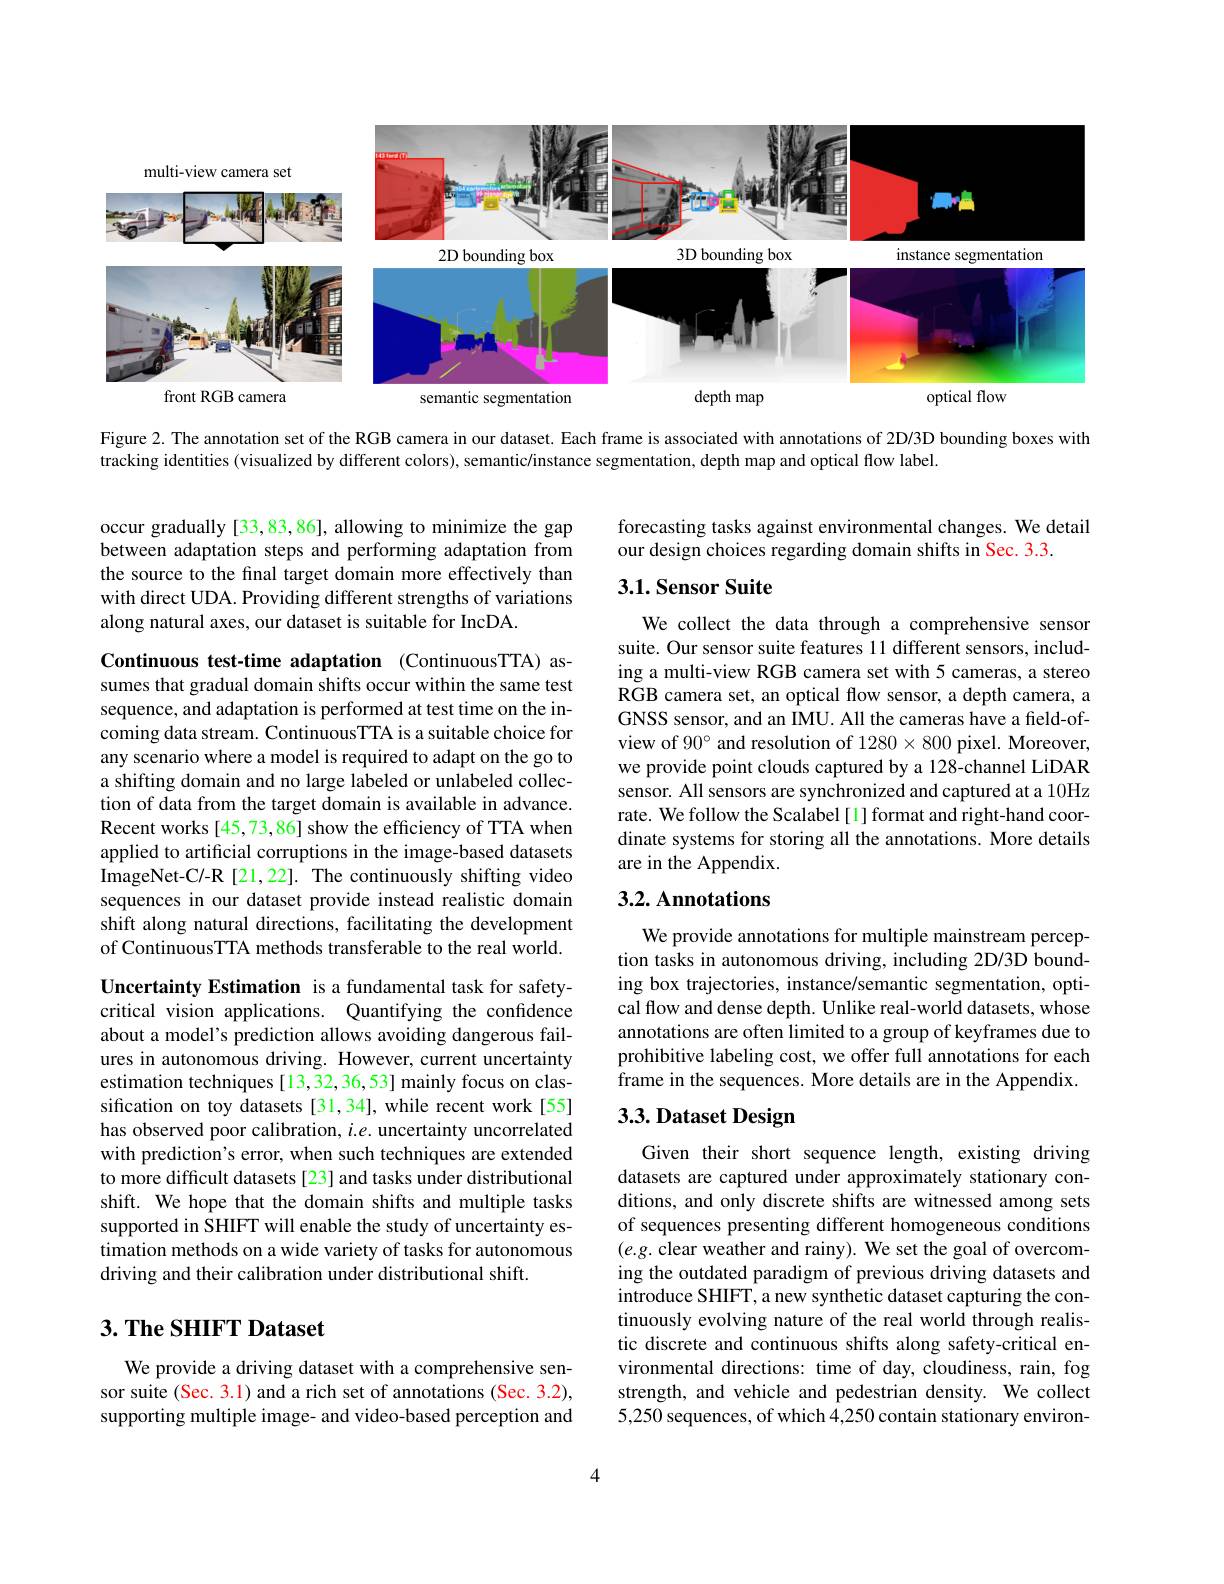
<FigureHere>

Figure 2. The annotation set of the RGB camera in our dataset. Each frame is associated with annotations of 2D/3D bounding boxes with

tracking identities (visualized by different colors), semantic/instance segmentation, depth map and optical flow label.

occur gradually [33,83,86], allowing to minimize the gap between adaptation steps and performing adaptation from the source to the final target domain more effectively than with direct UDA. Providing different strengths of variations along natural axes, our dataset is suitable for IncDA.

Continuous test-time adaptation (ContinuousTTA) assumes that gradual domain shifts occur within the same test sequence, and adaptation is performed at test time on the incoming data stream. ContinuousTTA is a suitable choice for any scenario where a model is required to adapt on the go to a shifting domain and no large labeled or unlabeled collection of data from the target domain is available in advance. Recent works [45,73,86] show the efficiency of TTA when applied to artificial corruptions in the image-based datasets ImageNet-C/-R [21,22]. The continuously shifting video sequences in our dataset provide instead realistic domain shift along natural directions, facilitating the development of ContinuousTTA methods transferable to the real world.

Uncertainty Estimation is a fundamental task for safetycritical vision applications. Quantifying the confidence about a model's prediction allows avoiding dangerous failures in autonomous driving. However, current uncertainty estimation techniques [13,32,36,53] mainly focus on classification on toy datasets [31,34], while recent work[55] has observed poor calibration, $i.e.$ uncertainty uncorrelated with prediction's error, when such techniques are extended to more difficult datasets [23] and tasks under distributional shift. We hope that the domain shifts and multiple tasks supported in SHIFT will enable the study of uncertainty estimation methods on a wide variety of tasks for autonomous driving and their calibration under distributional shift.

## $3. \textbf{ The SHIFT Dataset}$

We provide a driving dataset with a comprehensive sensor suite (Sec. 3.1) and a rich set of annotations (Sec. 3.2), supporting multiple image- and video-based perception and

forecasting tasks against environmental changes. We detail
our design choices regarding domain shifts in Sec. 3.3.

## 3.1. Sensor Suite

We collect the data through a comprehensive sensor suite. Our sensor suite features 11 different sensors, including a multi-view RGB camera set with 5 cameras, a stereo RGB camera set, an optical flow sensor, a depth camera, a GNSS sensor, and an IMU. All the cameras have a field-ofview of 90° and resolution of 1280×800 pixel. Moreover, we provide point clouds captured by a 128-channel LiDAR sensor. All sensors are synchronized and captured at a 10Hz rate. We follow the Scalabel [1] format and right-hand coordinate systems for storing all the annotations. More details are in the Appendix

## 3.2. Annotations

We provide annotations for multiple mainstream perception tasks in autonomous driving, including 2D/3D bounding box trajectories, instance/semantic segmentation, optical flow and dense depth. Unlike real-world datasets, whose annotations are often limited to a group of keyframes due to prohibitive labeling cost, we offer full annotations for each frame in the sequences. More details are in the Appendix.

# 3.3. Dataset Design

Given their short sequence length, existing driving datasets are captured under approximately stationary conditions, and only discrete shifts are witnessed among sets of sequences presenting different homogeneous conditions $(e.g.$ clear weather and rainy). We set the goal of overcoming the outdated paradigm of previous driving datasets and introduce SHIFT, a new synthetic dataset capturing the continuously evolving nature of the real world through realistic discrete and continuous shifts along safety-critical environmental directions: time of day, cloudiness, rain, fog strength, and vehicle and pedestrian density. We collect 5,250 sequences, of which 4,250 contain stationary environ-

4